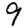
Digit: 9